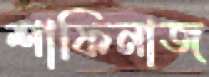
শাফিনাজ